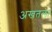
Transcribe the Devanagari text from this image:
अखतला